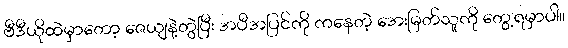
ဗီဒီယိုထဲမှာတော့ ဇေယျနဲ့တွဲပြီး အပီအပြင်ကို ကနေတဲ့ အေးမြတ်သူကို တွေ့ရမှာပါ။